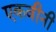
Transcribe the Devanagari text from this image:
एकवीनी